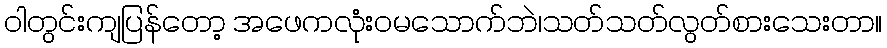
ဝါတွင်းကျပြန်တော့ အဖေကလုံးဝမသောက်ဘဲ၊သတ်သတ်လွတ်စားသေးတာ။